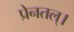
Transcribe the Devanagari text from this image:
प्रेनतल्।